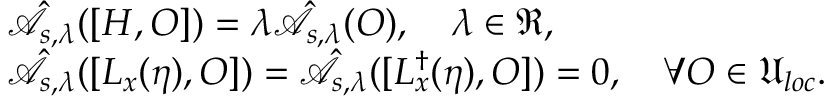
\begin{array} { r l } & { \hat { \mathcal { A } } _ { s , \lambda } ( [ H , O ] ) = \lambda \hat { \mathcal { A } } _ { s , \lambda } ( O ) , \quad \lambda \in \mathfrak { R } , } \\ & { \hat { \mathcal { A } } _ { s , \lambda } ( [ L _ { x } ( \eta ) , O ] ) = \hat { \mathcal { A } } _ { s , \lambda } ( [ L _ { x } ^ { \dagger } ( \eta ) , O ] ) = 0 , \quad \forall O \in \mathfrak { U } _ { l o c } . } \end{array}